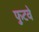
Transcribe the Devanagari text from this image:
फुटवे